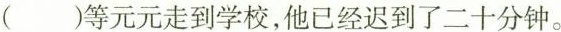
( )等元元走到学校，他已经迟到了二十分钟。